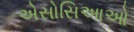
એસોસિઆઓ